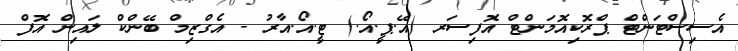
އެސިސްޓަންޓް ޕްރޮކިއޮމަންޓް އޮފިސަރ (އޭ.ޕީ.އޯ.) ޓީ.އޯ.އާރު - އެގްޒިމް ބޭންކް ލައިން އޮފް